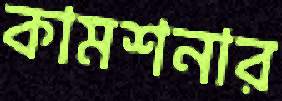
কামশনার